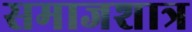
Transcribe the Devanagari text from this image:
समाजशात्र